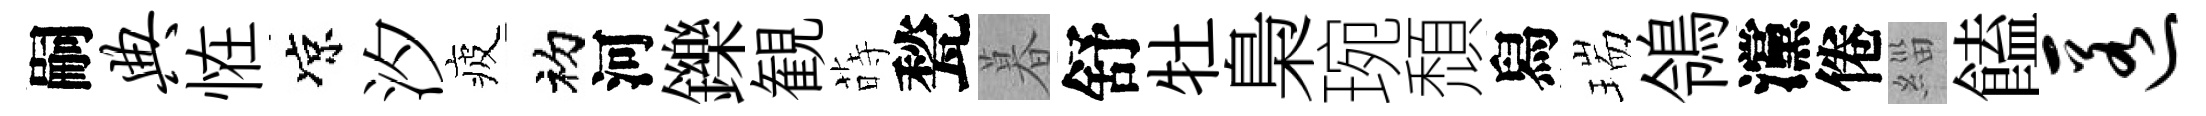
嗣典恠凉汐疲初河鑠観蒔甃暮舒牡梟琬頹舄瑞鴒灙倦緇饁匿